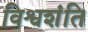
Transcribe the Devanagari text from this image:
विश्वशंति